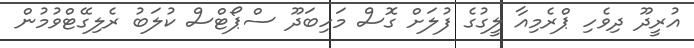
އުރީދޫ ދިވެހި ޕްރެމިއާ ލީގުގެ ފުލަށް ގޮސް މަހިބަދޫ ސްޕޯޓްސް ކުލަބު ރެލިގޭޓްވުމުން